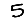
Digit: 5